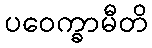
ပဝေက္ခာမီတိ